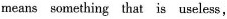
means something that is useless,